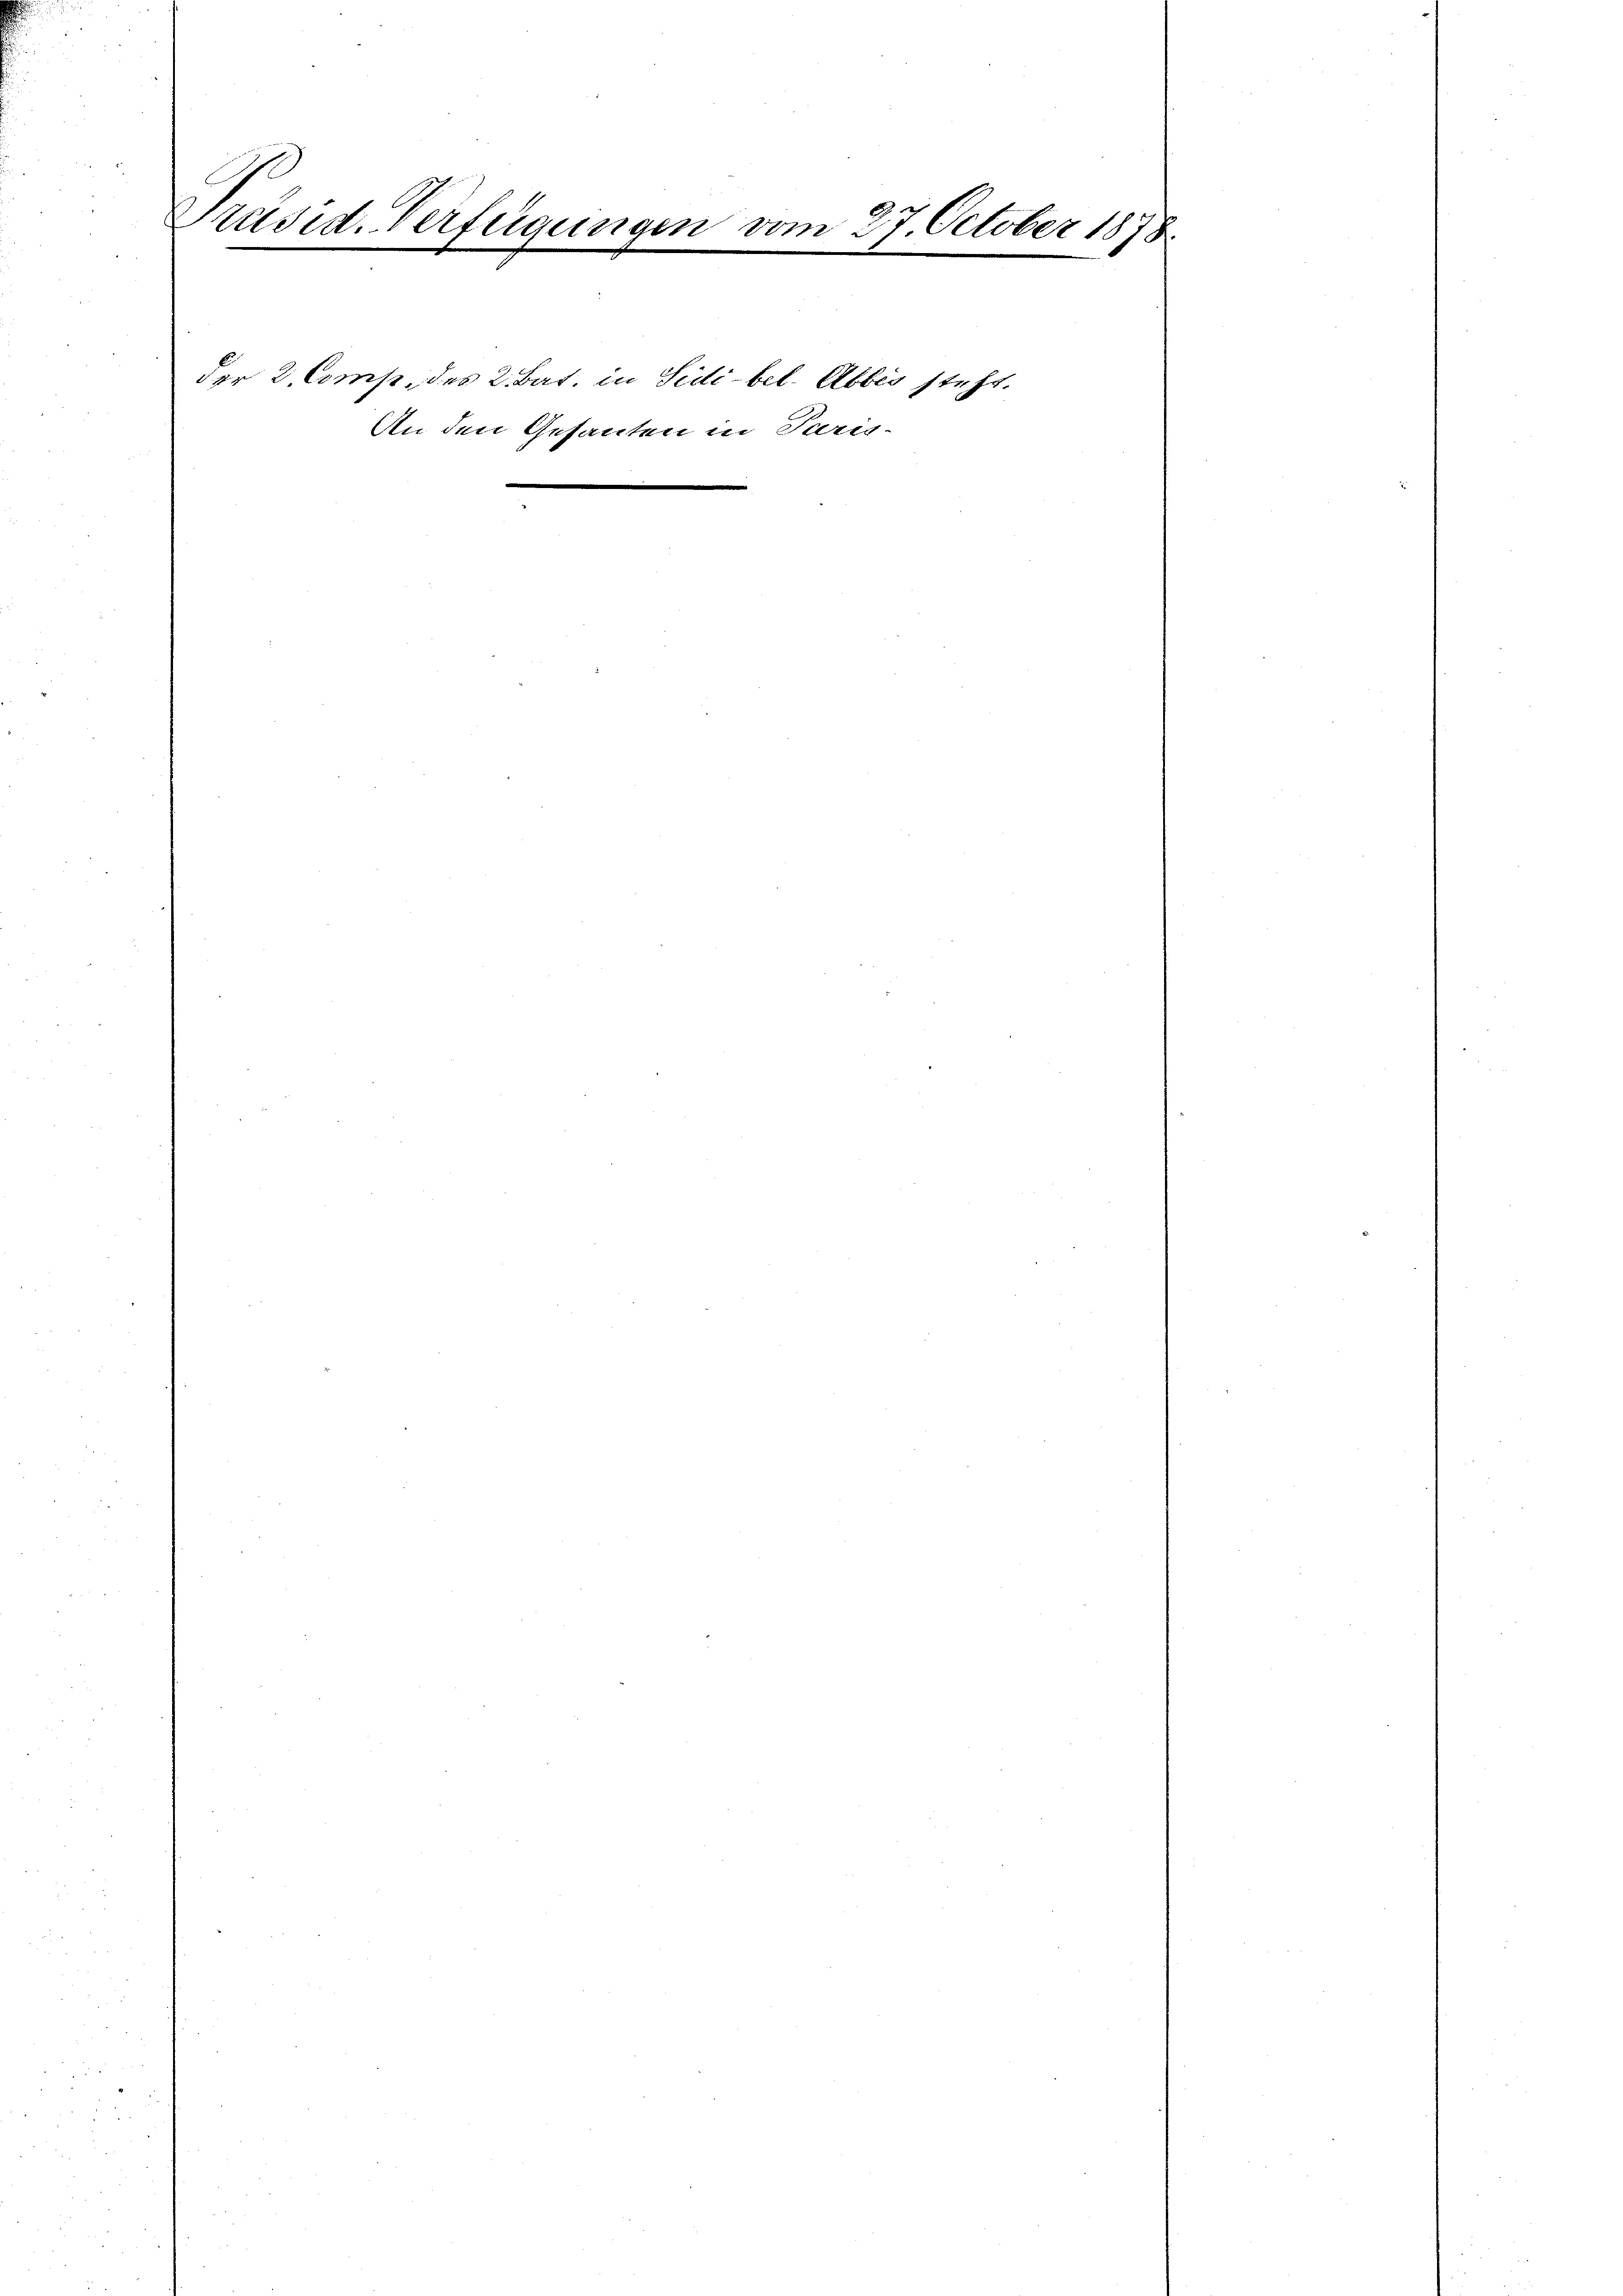
Präsid. Verfügungen vom 27. October 1878
.

der 2. Comp. des 2. Bat. in Sidibel. Abbes steht.
An den Gesanten in Paris-
e